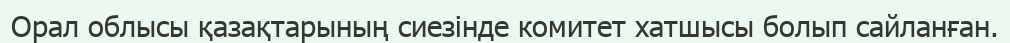
Орал облысы қазақтарының сиезінде комитет хатшысы болып сайланған.